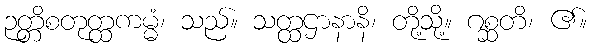
ဉတ္တိစတုတ္ထကမ္မံ၊ သည်။ သတ္ထဌာနာနိ၊ တို့သို့။ ဂစ္ဆတိ၊ ၏။